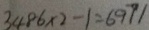
3 4 8 6 \times 2 - 1 = 6 9 7 1